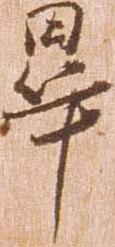
畢